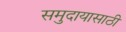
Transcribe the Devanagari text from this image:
समुदायासाठी